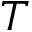
T